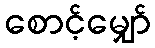
စောင့်မျှော်